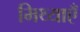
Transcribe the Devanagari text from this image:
मिथ्याएँ